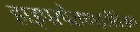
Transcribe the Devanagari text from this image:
हाइपरपैराथाइरोडिज़म